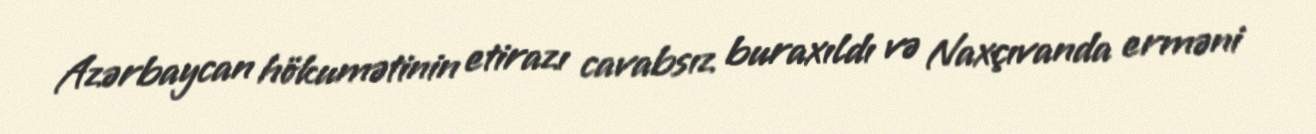
Azərbaycan hökumətinin etirazı cavabsız buraxıldı və Naxçıvanda erməni